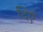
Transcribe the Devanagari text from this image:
दिएँ